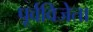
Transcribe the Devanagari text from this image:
पूर्वविजेता